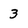
Character: 3